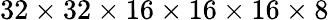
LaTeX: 32\times 32\times 16\times 16\times 16\times 8